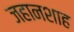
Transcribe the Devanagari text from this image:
जहानशाह